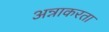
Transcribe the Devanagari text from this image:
अन्नाकरता